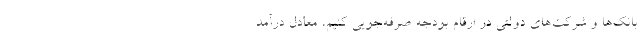
بانک‌ها و شرکت‌های دولتی در ارقام بودجه صرفه‌جویی کنیم، معادل درآمد